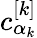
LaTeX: c_{\alpha_{k}}^{[k]}